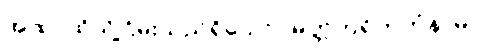
အထ၊ ထိုသို့ငြိမ်းသည်ရှိသော်။ မုတ္တဟရိတကံနာမ၊